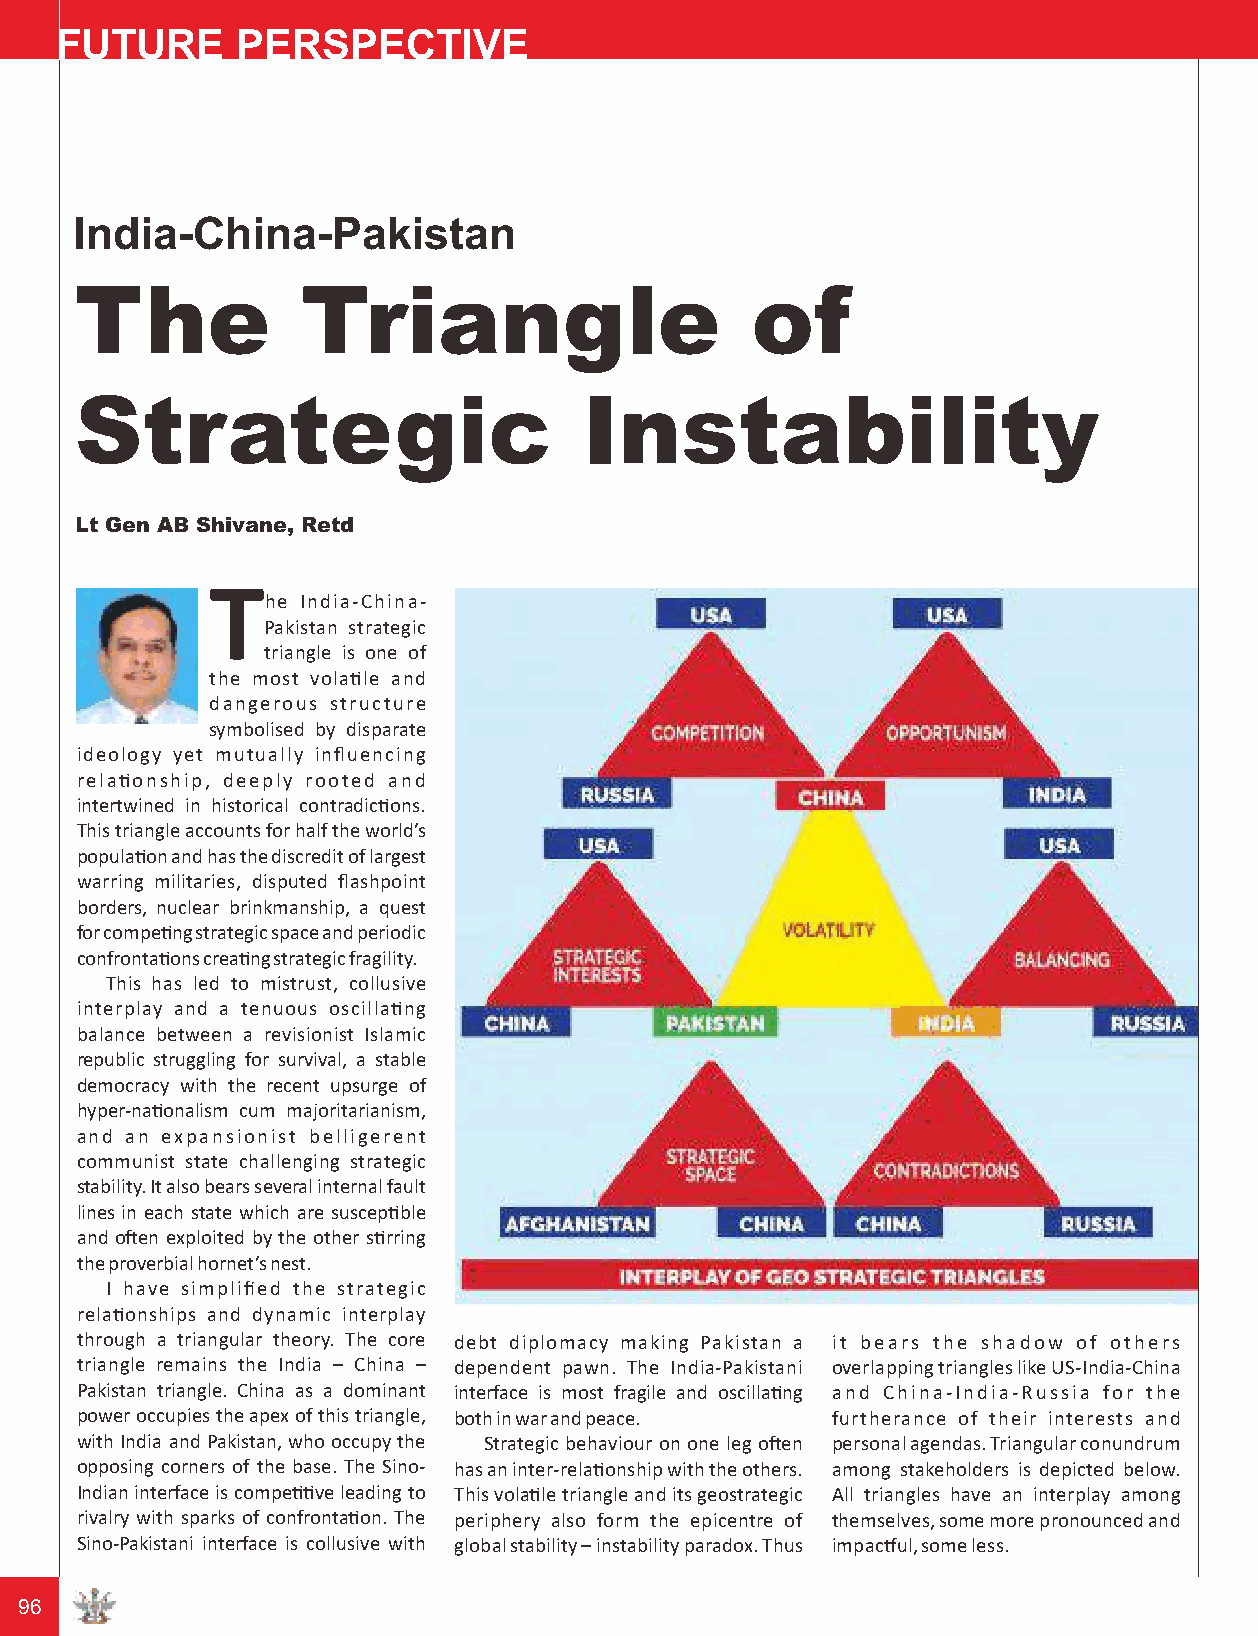
FUTURE      PERSPECTIVE
 India-China-Pakistan
 The            Triangle                      of
 Strategic                        Instability
 Lt Gen AB Shivane, Retd
 T
 he India-China-
 Pakistan strategic
 triangle is one of
 the most volale and
 dangerous structure
 symbolised by disparate
 ideology yet mutually influencing
 relaonship, deeply rooted and
 intertwined in historical contradicons.
 This triangle accounts for half the world’s
 populaon and has the discredit of largest
 warring militaries, disputed flashpoint
 borders, nuclear brinkmanship, a quest
 for compeng strategic space and periodic
 confrontaons creang strategic fragility.
 This has led to mistrust, collusive
 interplay and a tenuous oscillang
 balance between a revisionist Islamic
 republic struggling for survival, a stable
 democracy with the recent upsurge of
 hyper-naonalism cum majoritarianism,
 and an expansionist belligerent
 communist state challenging strategic
 stability. It also bears several internal fault
 lines in each state which are suscepble
 and oen exploited by the other srring
 the proverbial hornet’s nest.
 I have simplified the strategic
 relaonships and dynamic interplay
 through a triangular theory. The core debt diplomacy making Pakistan a it bears the shadow of others
 triangle remains the India – China – dependent pawn. The India-Pakistani overlapping triangles like US-India-China
 Pakistan triangle. China as a dominant interface is most fragile and oscillang and China-India-Russia for the
 power occupies the apex of this triangle, both in war and peace. furtherance of their interests and
 with India and Pakistan, who occupy the Strategic behaviour on one leg oen personal agendas. Triangular conundrum
 opposing corners of the base. The Sino- has an inter-relaonship with the others. among stakeholders is depicted below.
 Indian interface is compeve leading to This volale triangle and its geostrategic All triangles have an interplay among
 rivalry with sparks of confrontaon. The periphery also form the epicentre of themselves, some more pronounced and
 Sino-Pakistani interface is collusive with global stability – instability paradox. Thus impacul, some less.
 96